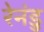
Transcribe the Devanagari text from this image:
रेनंडु